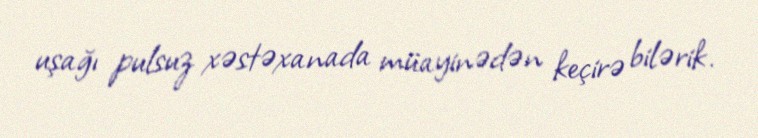
uşağı pulsuz xəstəxanada müayinədən keçirə bilərik.